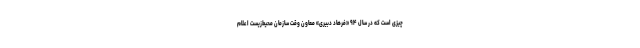
چیزی است که در سال ۹۴ «فرهاد دبیری» معاون وقت سازمان محیط‌زیست اعلام